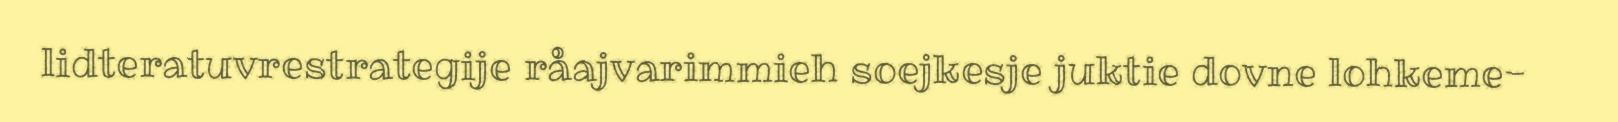
lidteratuvrestrategije råajvarimmieh soejkesje juktie dovne lohkeme-